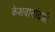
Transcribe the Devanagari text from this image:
केशवानांदजी